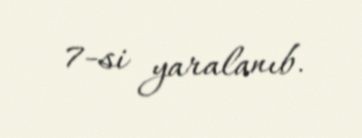
7-si yaralanıb.